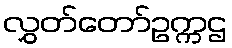
လွှတ်တော်ဥက္ကဌ